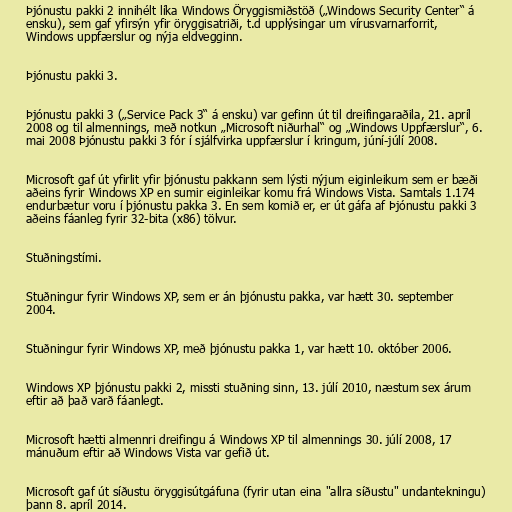
Þjónustu pakki 2 innihélt líka Windows Öryggismiðstöð („Windows Security Center“ á
ensku), sem gaf yfirsýn yfir öryggisatriði, t.d upplýsingar um vírusvarnarforrit,
Windows uppfærslur og nýja eldvegginn.

Þjónustu pakki 3.

Þjónustu pakki 3 („Service Pack 3“ á ensku) var gefinn út til dreifingaraðila, 21. apríl
2008 og til almennings, með notkun „Microsoft niðurhal“ og „Windows Uppfærslur“, 6.
mai 2008 Þjónustu pakki 3 fór í sjálfvirka uppfærslur í kringum, júní-júlí 2008.

Microsoft gaf út yfirlit yfir þjónustu pakkann sem lýsti nýjum eiginleikum sem er bæði
aðeins fyrir Windows XP en sumir eiginleikar komu frá Windows Vista. Samtals 1.174
endurbætur voru í þjónustu pakka 3. En sem komið er, er út gáfa af Þjónustu pakki 3
aðeins fáanleg fyrir 32-bita (x86) tölvur.

Stuðningstími.

Stuðningur fyrir Windows XP, sem er án þjónustu pakka, var hætt 30. september
2004.

Stuðningur fyrir Windows XP, með þjónustu pakka 1, var hætt 10. október 2006.

Windows XP þjónustu pakki 2, missti stuðning sinn, 13. júlí 2010, næstum sex árum
eftir að það varð fáanlegt.

Microsoft hætti almennri dreifingu á Windows XP til almennings 30. júlí 2008, 17
mánuðum eftir að Windows Vista var gefið út.

Microsoft gaf út síðustu öryggisútgáfuna (fyrir utan eina "allra síðustu" undantekningu)
þann 8. apríl 2014.